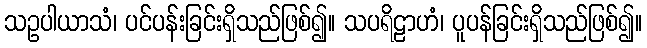
သဥပါယာသံ၊ ပင်ပန်းခြင်းရှိသည်ဖြစ်၍။ သပရိဠာဟံ၊ ပူပန်ခြင်းရှိသည်ဖြစ်၍။